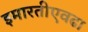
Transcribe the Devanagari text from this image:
इमारतीएवढा